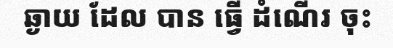
ឆ្ងាយ ដែល បាន ធ្វើ ដំណើរ ចុះ